Ajaleht_Uus_Ilm, lk 8
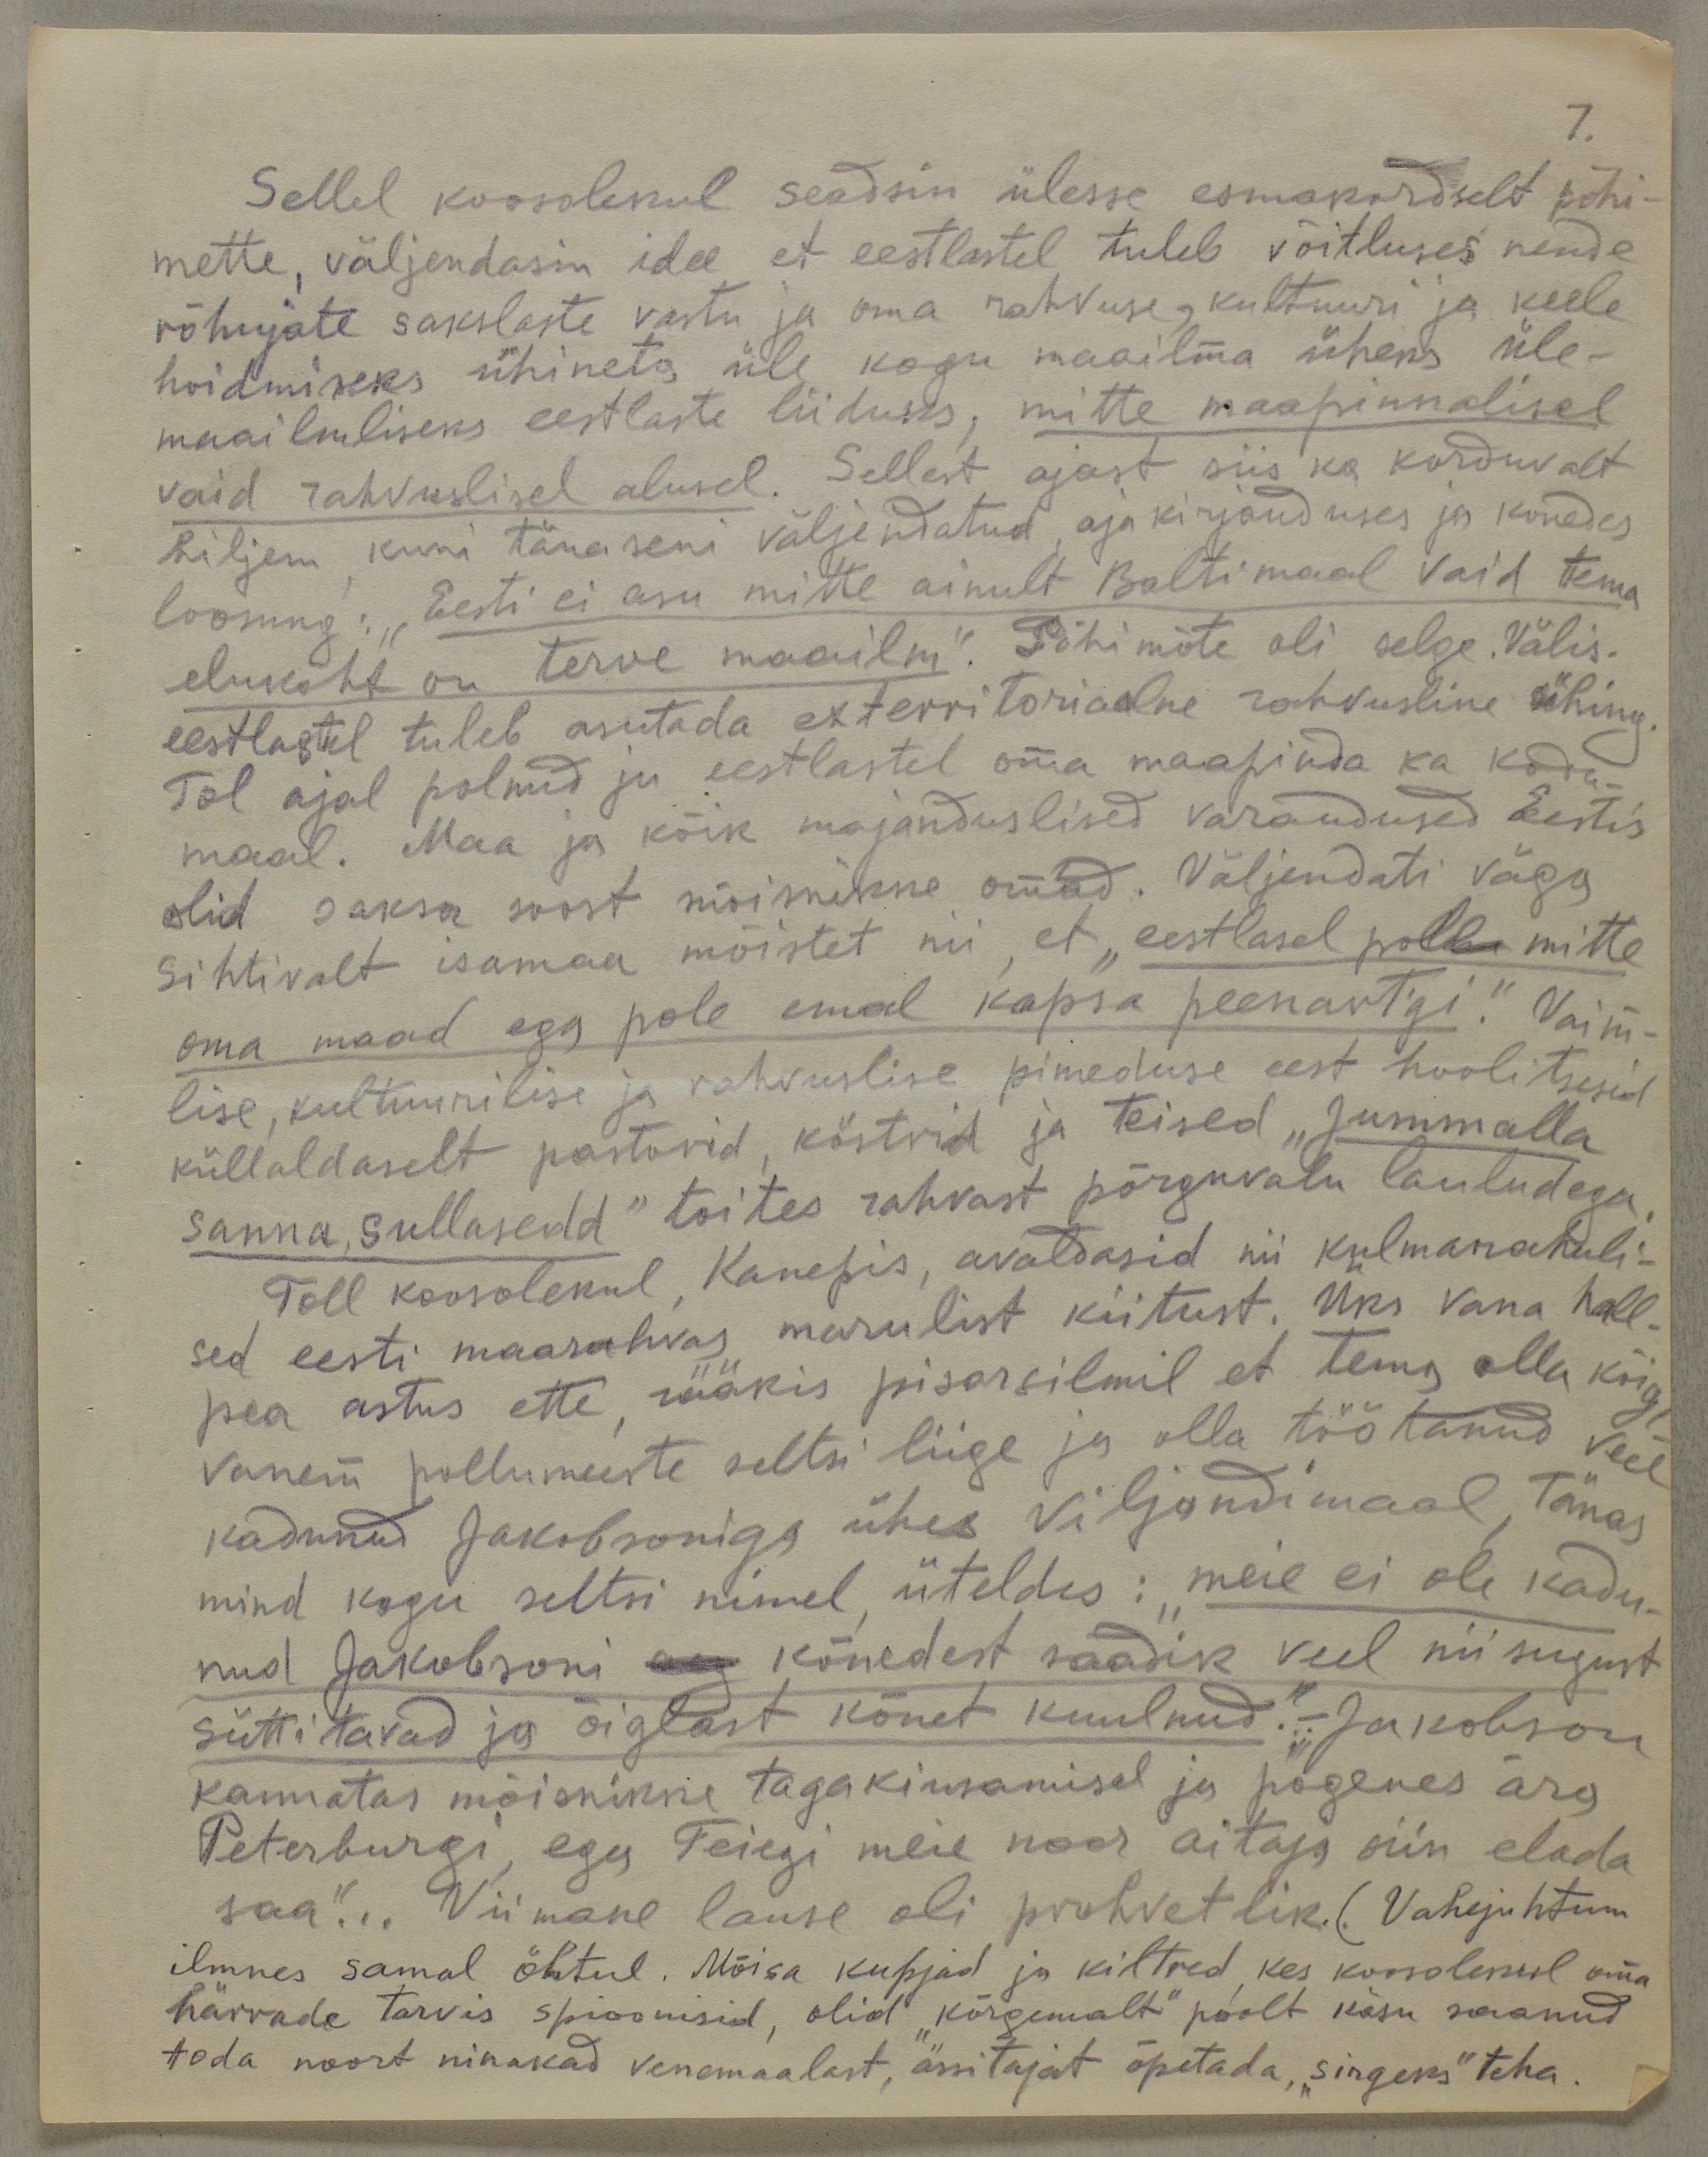
7.

Sellel koosolekul seadsin ülesse esmakordselt põhi-
mette, väljendasin idee et eestlastel tuleb võitluses nende
rõhujate sakslaste vastu ja oma rahvuse, kultuuri ja keele
hoidmiseks ühineta üle kogu maailma üheks üle-
maailmliseks eestlaste liiduks, mitte maapinnalisel
vaid rahvuslisel alusel. Sellest ajast siis ka korduvalt
hiljem kuni tänaseni väljendatud, aja kirjanduses ja kõnedes
loosung: "Eesti ei asu mitte ainult Baltimaal vaid tema
elukoht on terve maailm". Põhimõte oli selge. Välis-
eestlastel tuleb asutada exterritoriaalne rahvusline ühing.
Tol ajal polnud ju eestlastel oma maapinda ka kodu-
maal. Maa ja kõik majanduslised varandused Eestis
olid saksa soost mõisnikke omad. Väljendati väga
sihtivalt isamaa mõistet nii, et "eestlasel pole mitte
oma maad ega pole emal kapsa peenartgi." Vaim-
lise, kultuurilise ja rahvuslise pimeduse eest hoolitsesid
küllaldaselt pastorid, köstrid ja teised "Jummalla
sanna sullasedd" toites rahvast põrguvalu lauludega.
Toll koosolekul Kanepis, avaldasid nii külmarahuli-
sed eesti maarahvas marulist kiitust. Üks vana hall-
pea astus ette rääkis pisarsilmil et tema olla kõige
vanem pollumeeste seltsi liige ja olla töötanud veel
kadunud Jakobsoniga ühes Viljandimaal, Tänas
mind kogu seltsi nimel üteldes: "meie ei ole kadu-
nud Jakobsoni aeg kõnedest saadik veel niisugust
süttitavad ja õiglast kõnet kuulnud." - "Jakobson
kannatas mõisnikke tagakimamisel ja põgenes ära
Peterburgi, ega Teiegi meie noor aitaja siin elada
saa"...Viimane lause oli prohvetlik. (Vahejuhtum
ilmnes samal õhtul. Mõisa kupjad ja kiltred, kes koosolekul oma
härrade tarvis spioonisid, olid "kõrgemalt" poolt käsu saanud
toda noort ninakad venemaalast, ässitajat õpetada, "sirgeks" teha.